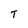
Character: T